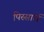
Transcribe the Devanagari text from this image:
पिस्सार्रो